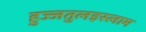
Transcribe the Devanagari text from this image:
हुज्जतुलइस्लाम